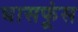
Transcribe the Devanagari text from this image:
घासफूंस